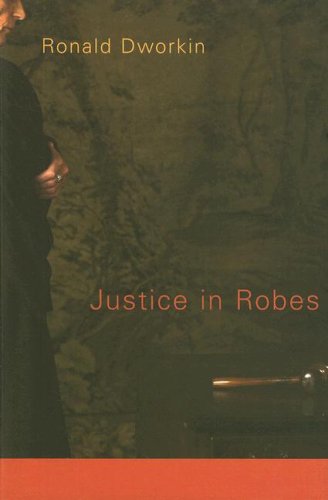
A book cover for Justice in Robes; Ronald Dworkin; Law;